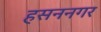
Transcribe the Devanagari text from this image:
हसननगर